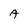
Character: A